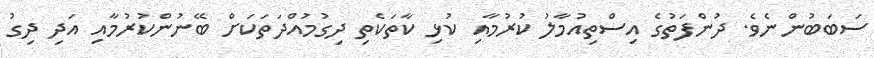
ސަބަބުންނެވެ. ދުންފަތުގެ އިސްތިއުމާލު ކުރުމާއި ކުޅި ކާތަކެތި ދިގުމުއްދަތަކަށް ބޭނުންކުރުމާއި އަދި ދިގު